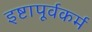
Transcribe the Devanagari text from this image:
इष्टापूर्वकर्म